Report on the working of the Ranchi Indian Mental Hospital, Kanke, in Bihar and Orissa - 1930-1940
Year: 1930
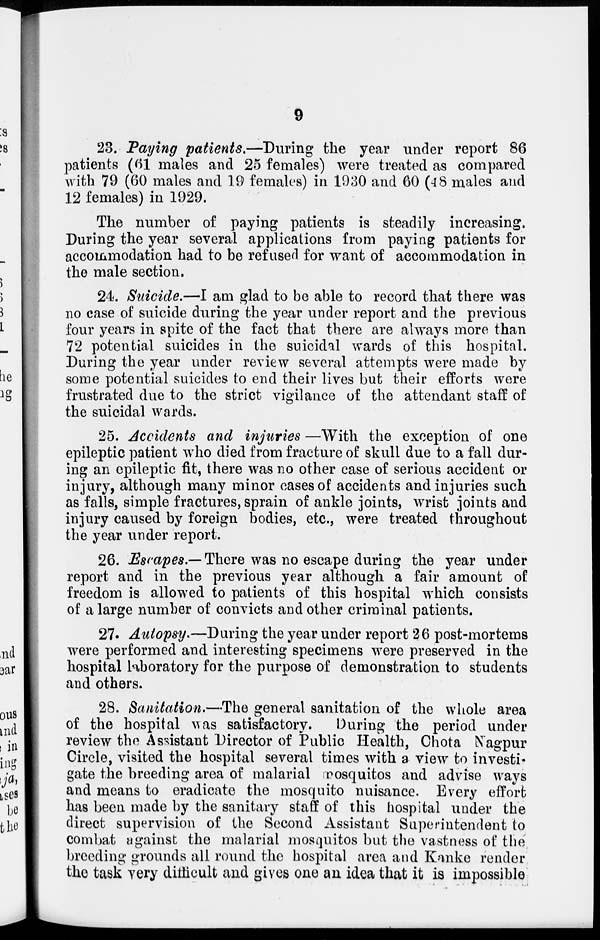
9
23. Paying patients.—During the year under report 86
patients (61 males and 25 females) were treated as compared
with 79 (60 males and 19 females) in 1930 and 60 (48 males and
12 females) in 1929.
The number of paying patients is steadily increasing.
During the year several applications from paying patients for
accommodation had to be refused for want of accommodation in
the male section.
24. Suicide.—I am glad to be able to record that there was
no case of suicide during the year under report and the previous
four years in spite of the fact that there are always more than
72 potential suicides in the suicidal wards of this hospital.
During the year under review several attempts were made by
some potential suicides to end their lives but their efforts were
frustrated due to the strict vigilance of the attendant staff of
the suicidal wards.
25. Accidents and injuries —With the exception of one
epileptic patient who died from fracture of skull due to a fall dur-
ing an epileptic fit, there was no other case of serious accident or
injury, although many minor cases of accidents and injuries such
as falls, simple fractures, sprain of ankle joints, wrist joints and
injury caused by foreign bodies, etc., were treated throughout
the year under report.
26. Escapes.— There was no escape during the year under
report and in the previous year although a fair amount of
freedom is allowed to patients of this hospital which consists
of a large number of convicts and other criminal patients.
27. Autopsy.—During the year under report 26 post-mortems
were performed and interesting specimens were preserved in the
hospital laboratory for the purpose of demonstration to students
and others.
28. Sanitation.—The general sanitation of the whole area
of the hospital was satisfactory.
During the period under
review the Assistant Director of Public Health, Chota Nagpur
Circle, visited the hospital several times with a view to investi-
gate the breeding area of malarial mosquitos and advise ways
and means to eradicate the mosquito nuisance. Every effort
has been made by the sanitary staff of this hospital under the
direct supervision of the Second Assistant Superintendent to
combat against the malarial mosquitos but the vastness of the
breeding grounds all round the hospital area and Kanke render
the task very difficult and gives one an idea that it is impossible